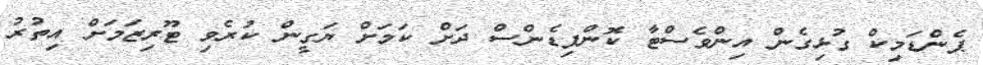
ޕެންޑަމިކް ގުޅިގެން އިންވެސްޓާ ކޮންފިޑެންސް ދަށް ކަމަށް ޔަގީން ކުރެވި ޓޫރިޒަމަށް އިތުރު